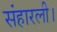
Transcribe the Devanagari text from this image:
संहारली।